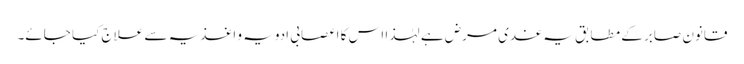
قانونِ صابر کے مطابق یہ غدی مرض ہے لہٰذا اس کا اعصابی ادویہ و اغذیہ سے علاج کیا جائے۔